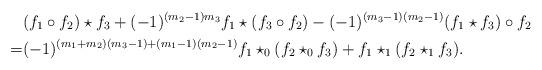
LaTeX: \begin{align*} & (f_1\circ f_2)\star f_3+(-1)^{(m_2-1)m_3}f_1\star (f_3 \circ f_2)-(-1)^{(m_3-1)(m_2-1)}(f_1\star f_3 )\circ f_2\\ =&(-1)^{(m_1+m_2)(m_3-1)+(m_1-1)(m_2-1)} f_1\star_0(f_2\star_0f_3)+ f_1\star_1(f_2\star_1 f_3). \end{align*}